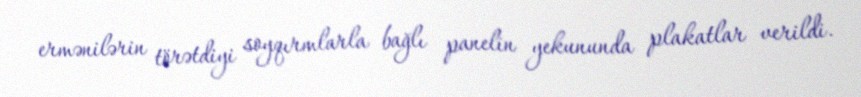
ermənilərin törətdiyi soyqırmlarla bağlı panelin yekununda plakatlar verildi.